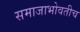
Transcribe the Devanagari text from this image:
समाजाभोवतीच